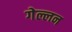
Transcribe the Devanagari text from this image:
गेल्लन